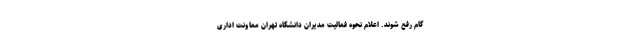
گام رفع شوند. اعلام نحوه فعالیت مدیران دانشگاه تهران معاونت اداری